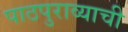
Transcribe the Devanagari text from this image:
पाठपुराव्याची